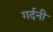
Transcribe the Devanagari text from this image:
गर्दनी